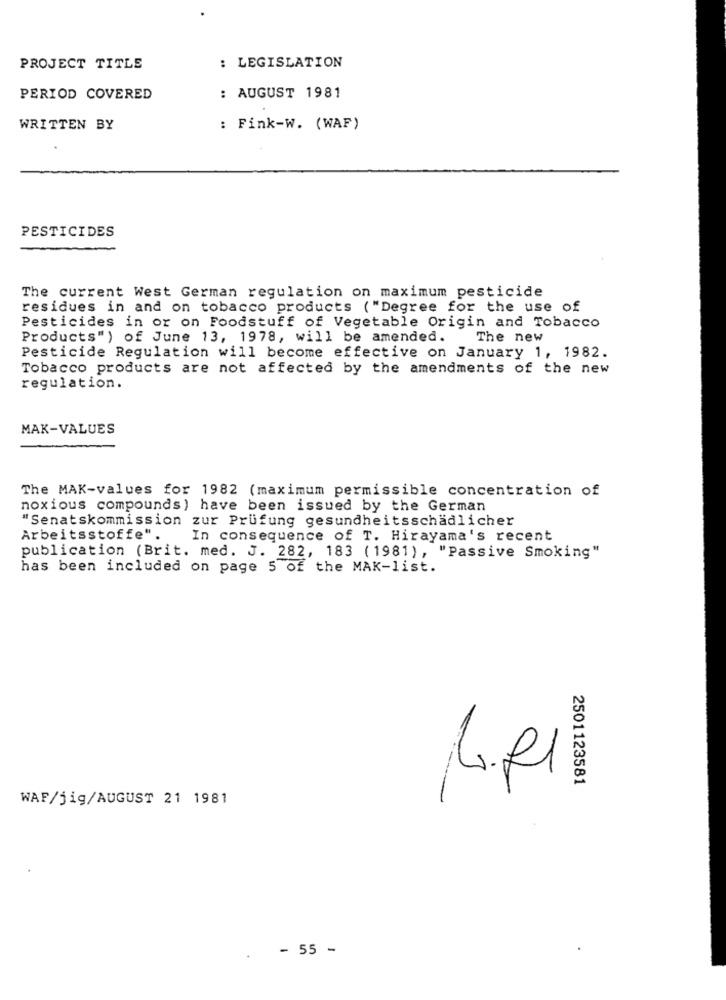
PROJECT TITLE
: LEGISLATION
: AUGUST 1981
PERIOD COVERED
WRITTEN BY
: Fink-W. (WAF)
PESTICIDES
The current West German regulation on maximum pesticide
residues in and on tobacco products ( "Degree for the use of
Pesticides in or on Foodstuff of Vegetable Origin and Tobacco
Products" ) of June 13, 1978, will be amended. The new
Pesticide Regulation will become effective on January 1, 1982.
Tobacco products are not affected by the amendments of the new
regulation.
MAK-VALUES
The MAK-values for 1982 (maximum permissible concentration of
noxious compounds) have been issued by the German
"Senatskommission zur Prüfung gesundheitsschädlicher
Arbeitsstoffe".
In consequence of T. Hirayama's recent
publication (Brit. med. J. 282, 183 (1981), "Passive Smoking"
has been included on page 5 of the MAK-list.
4.RI
2501123581
WAF/jig/AUGUST 21 1981
- 55 -